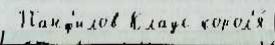
 Панф'илов Клаус корол'я́